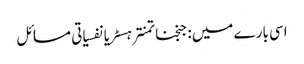
اسی بارے میں: جنجناتمنترہسٹریانفسیاتی مسائل